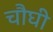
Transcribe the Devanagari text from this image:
चौघी